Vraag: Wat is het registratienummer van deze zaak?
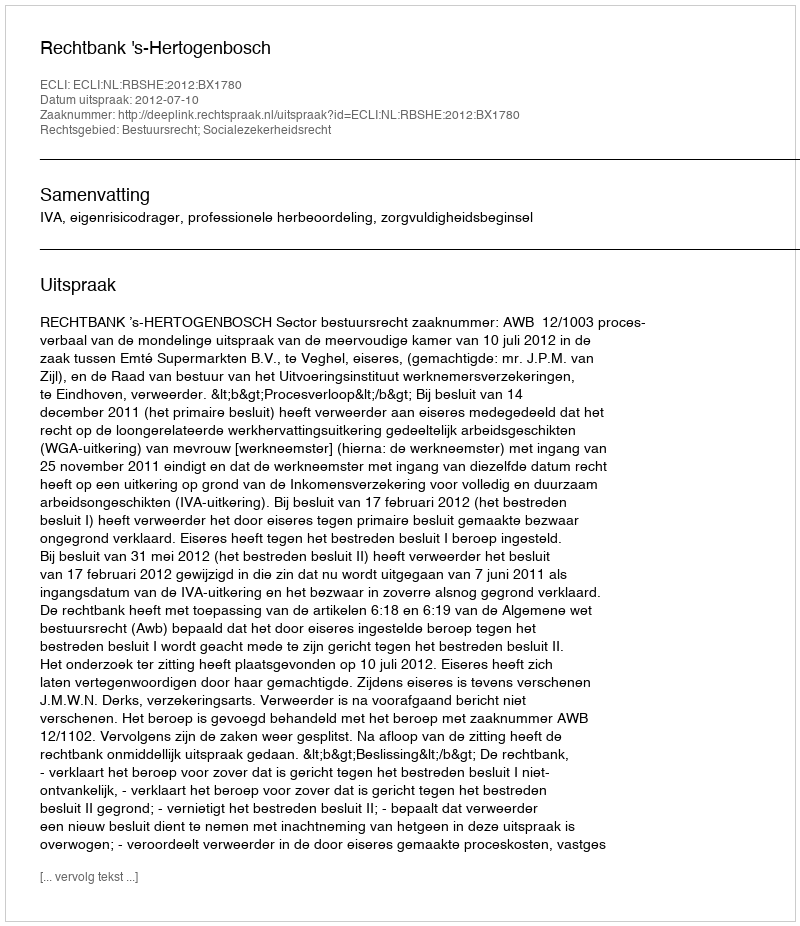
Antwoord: http://deeplink.rechtspraak.nl/uitspraak?id=ECLI:NL:RBSHE:2012:BX1780